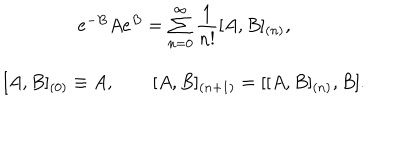
\begin{array} { c } { { e ^ { - B } A e ^ { B } = \sum _ { n = 0 } ^ { \infty } \displaystyle \frac 1 { n ! } [ A , B ] _ { ( n ) } , } } \\ { { { } [ A , B ] _ { ( 0 ) } \equiv A , \qquad [ A , B ] _ { ( n + 1 ) } = [ [ A , B ] _ { ( n ) } , B ] . } } \\ \end{array}